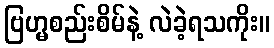
ဗြဟ္မစည်းစိမ်နဲ့ လဲခဲ့ရသကိုး။